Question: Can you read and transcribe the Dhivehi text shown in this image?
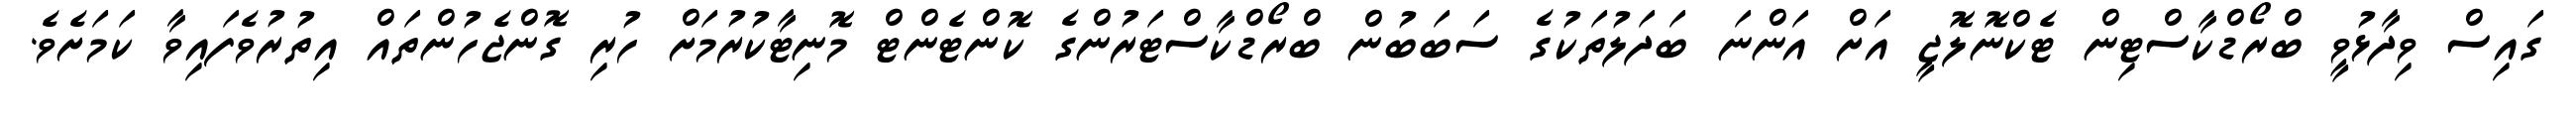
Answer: ގައިސް ވިދާޅުވީ ބްރޯޑްކާސްޓިން ޓެކްނޮލޮޖީ އަށް އަންނަ ބަދަލުތަކުގެ ސަބަބުން ބްރޯޑްކާސްޓަރުންގެ ކޮންޓެންޓް މޮނިޓާކުރުމަށް ހުރި ގޮންޖެހުންތައް އިތުރުވެފައިވާ ކަމަށެވެ.